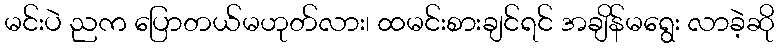
မင်းပဲ ညက ပြောတယ်မဟုတ်လား၊ ထမင်းစားချင်ရင် အချိန်မရွေး လာခဲ့ဆို